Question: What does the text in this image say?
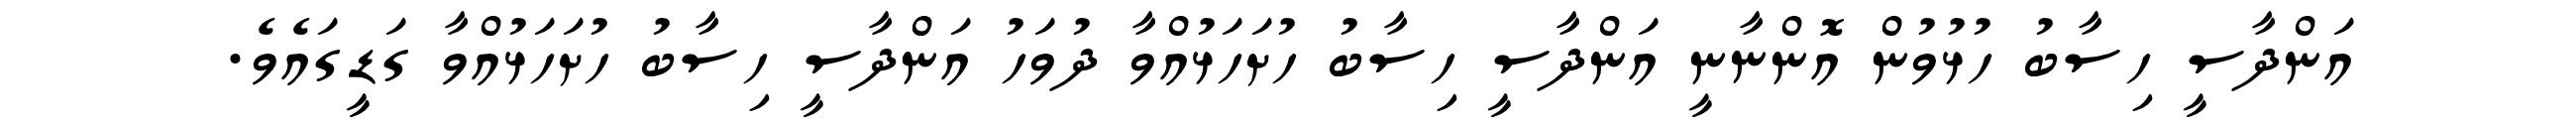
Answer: އަންދާސީ ހިސާބު ހުޅުވުން އޮންނާނީ އަންދާސީ ހިސާބު ހުށަހަޅުއްވާ ދުވަހު އަންދާސީ ހިސާބު ހުށަހަޅުއްވާ ގަޑީގައެވެ.